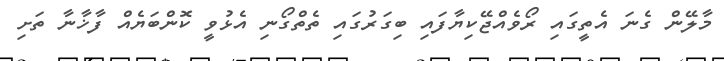
މާލޭން ގެނަ އެތީގައި ރޯވެއްޖޭކިޔާފައި ބިގަރުގައި ތެތްގޯނި އެޅުވީ ކޮންބަޔެއް ފާޚާނާ ތަށި